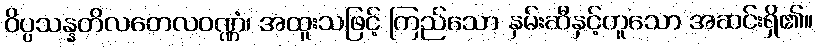
ဝိပ္ပသန္နတိလတေလဝဏ္ဏံ၊ အထူးသဖြင့် ကြည်သော နှမ်းဆီနှင့်တူသော အဆင်းရှိ၏။